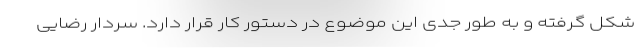
شکل گرفته و به طور جدی این موضوع در دستور کار قرار دارد. سردار رضایی